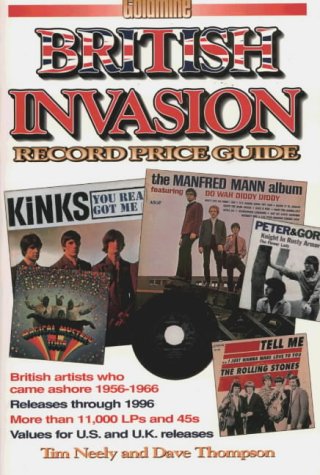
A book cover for Goldmine British Invasion Record Price Guide; Tim Neely; Crafts, Hobbies & Home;